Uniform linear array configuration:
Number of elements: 48
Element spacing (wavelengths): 0.75
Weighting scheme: hamming
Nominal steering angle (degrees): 30
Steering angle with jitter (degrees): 31.078
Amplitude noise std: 0.05
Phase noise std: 0.05

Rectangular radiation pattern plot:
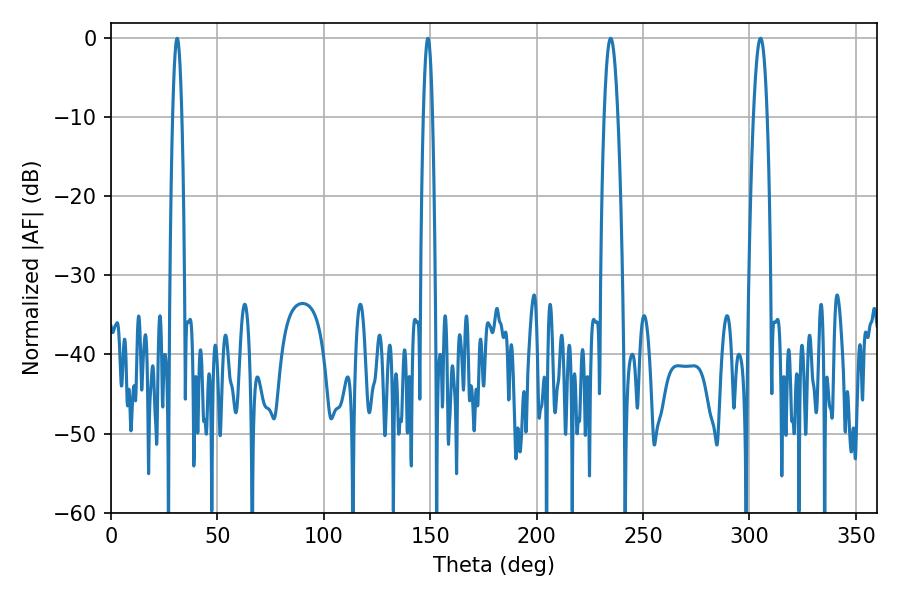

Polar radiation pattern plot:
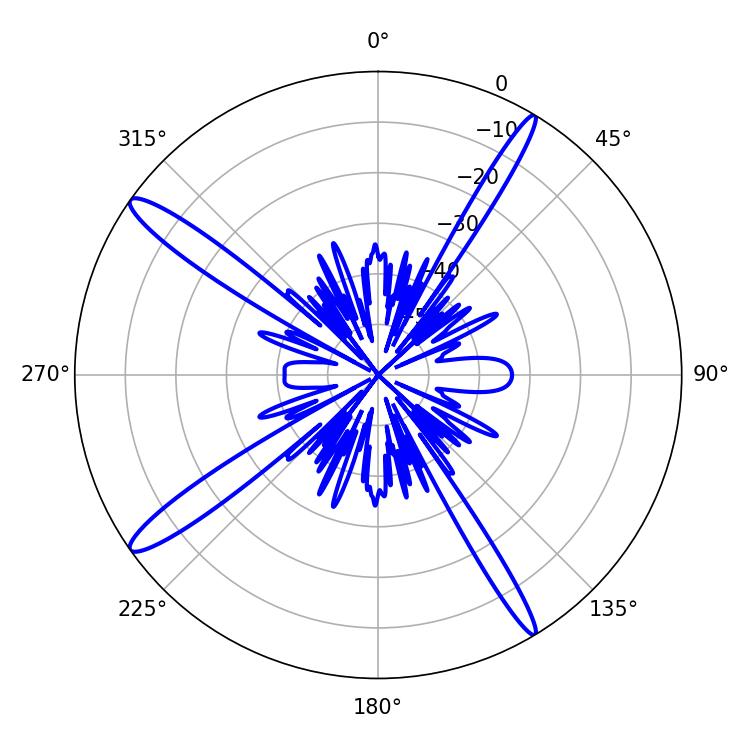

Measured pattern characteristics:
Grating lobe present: TRUE
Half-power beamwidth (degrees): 3.42
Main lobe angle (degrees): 305.28